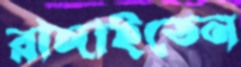
রাঙ্গাইতেন